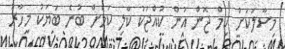
މިސާލަކަށް ކިމް ޖޮން އުން ކުއްޖަކު ކާލި ކަމަށް ބުނެ ބަޔަކު މިހާރު